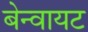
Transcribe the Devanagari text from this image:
बेन्वायट